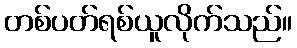
တစ်ပတ်ရစ်ယူလိုက်သည်။